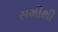
સમીથી